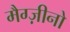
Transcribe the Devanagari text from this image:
मैग्ज़ीनो